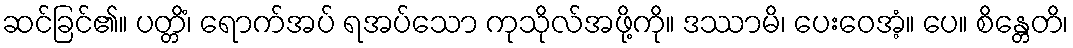
ဆင်ခြင်၏။ ပတ္တိံ၊ ရောက်အပ် ရအပ်သော ကုသိုလ်အဖို့ကို။ ဒဿာမိ၊ ပေးဝေအံ့။ ပေ။ စိန္တေတိ၊